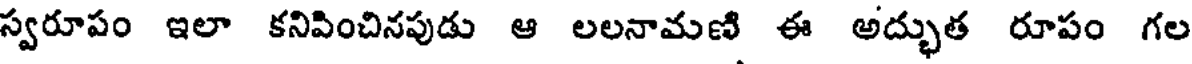
స్వరూపం ఇలా కనిపించినపుడు ఆ లలనామణి ఈ అద్భుత రూపం గల